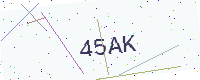
Text: 45AK